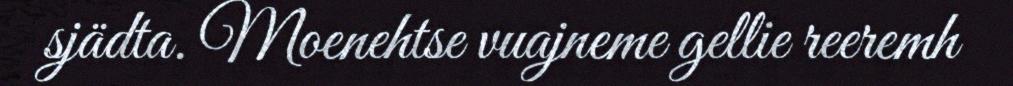
sjädta. Moenehtse vuajneme gellie reeremh